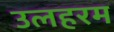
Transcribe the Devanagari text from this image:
उलहरम